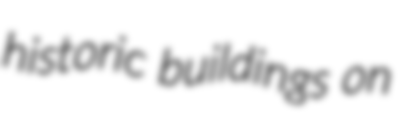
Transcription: historic buildings on